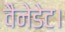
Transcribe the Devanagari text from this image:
वैनेडेट।